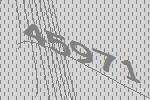
45971